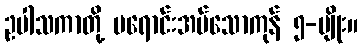
ဥပါသကာတို့ မရောင်းအပ်သောကုန် ၅-မျိုး။